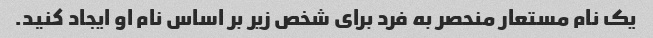
یک نام مستعار منحصر به فرد برای شخص زیر بر اساس نام او ایجاد کنید.